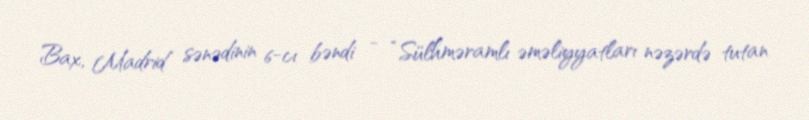
Bax, Madrid sənədinin 6-cı bəndi - “Sülhməramlı əməliyyatları nəzərdə tutan